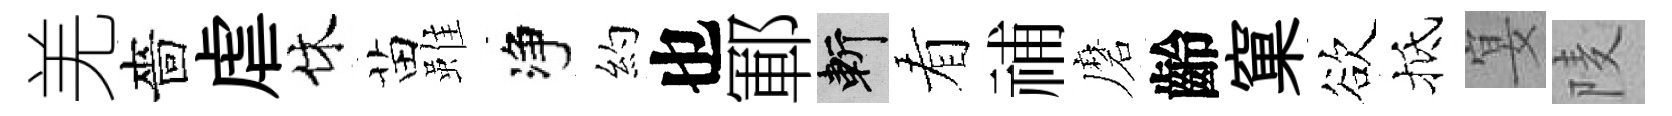
羌嗇虐休苗雖净約也鄆斬看𥙷磨齡窠欲抵宴𨹧